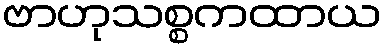
ဗာဟုသစ္စကထာယ